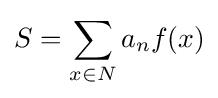
S=\sum _{x\in {N}}a_{n}f(x)